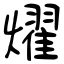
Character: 燿